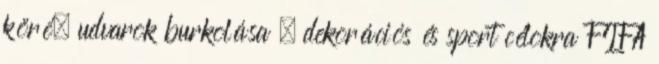
köré, udvarok burkolása , dekorációs és sport célokra FIFA